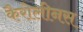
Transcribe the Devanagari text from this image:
कैरोलीनस